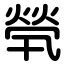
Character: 煢